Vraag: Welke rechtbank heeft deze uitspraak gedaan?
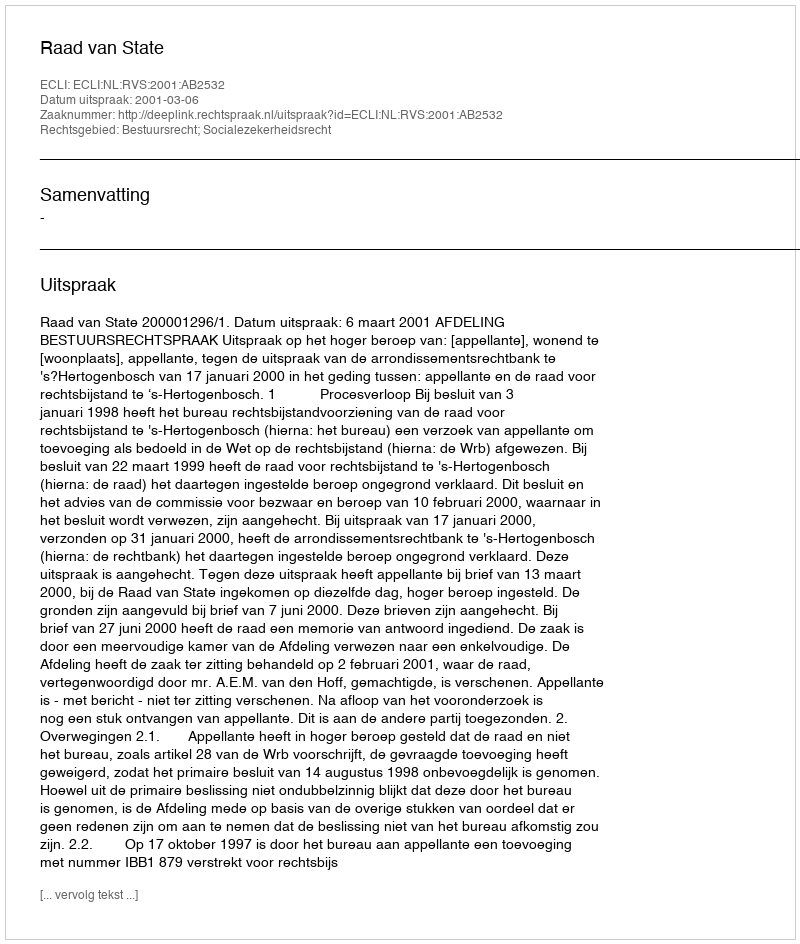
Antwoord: Raad van State